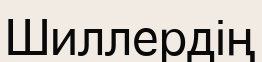
Шиллердің